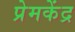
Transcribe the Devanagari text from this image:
प्रेमकेंद्र